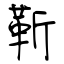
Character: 靳